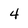
Character: 4